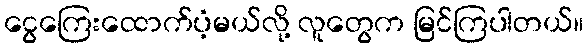
ငွေကြေးထောက်ပံ့မယ်လို့ လူတွေက မြင်ကြပါတယ်။